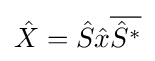
{\hat {X}}={\hat {S}}{\hat {x}}{\overline {{\hat {S}}^{*}}}